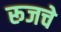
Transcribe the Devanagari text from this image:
रूजचे